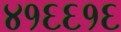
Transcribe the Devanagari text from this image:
४१६६१६